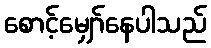
စောင့်မျှော်နေပါသည်